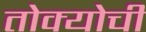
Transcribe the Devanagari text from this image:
तोक्योची